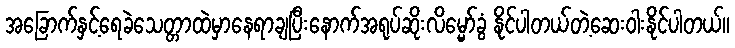
အခြောက်နှင့်ရေခဲသေတ္တာထဲမှာနေရာချပြီးနောက်အရုပ်ဆိုးလိမ္မော်ခွံ နိုင်ပါတယ်တဲ့ဆေးဝါးနိုင်ပါတယ်။